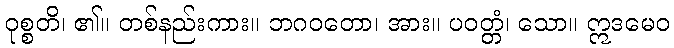
ဝုစ္စတိ၊ ၏။ တစ်နည်းကား။ ဘဂဝတော၊ အား။ ပဝတ္တံ၊ သော။ ဣဒမေဝ